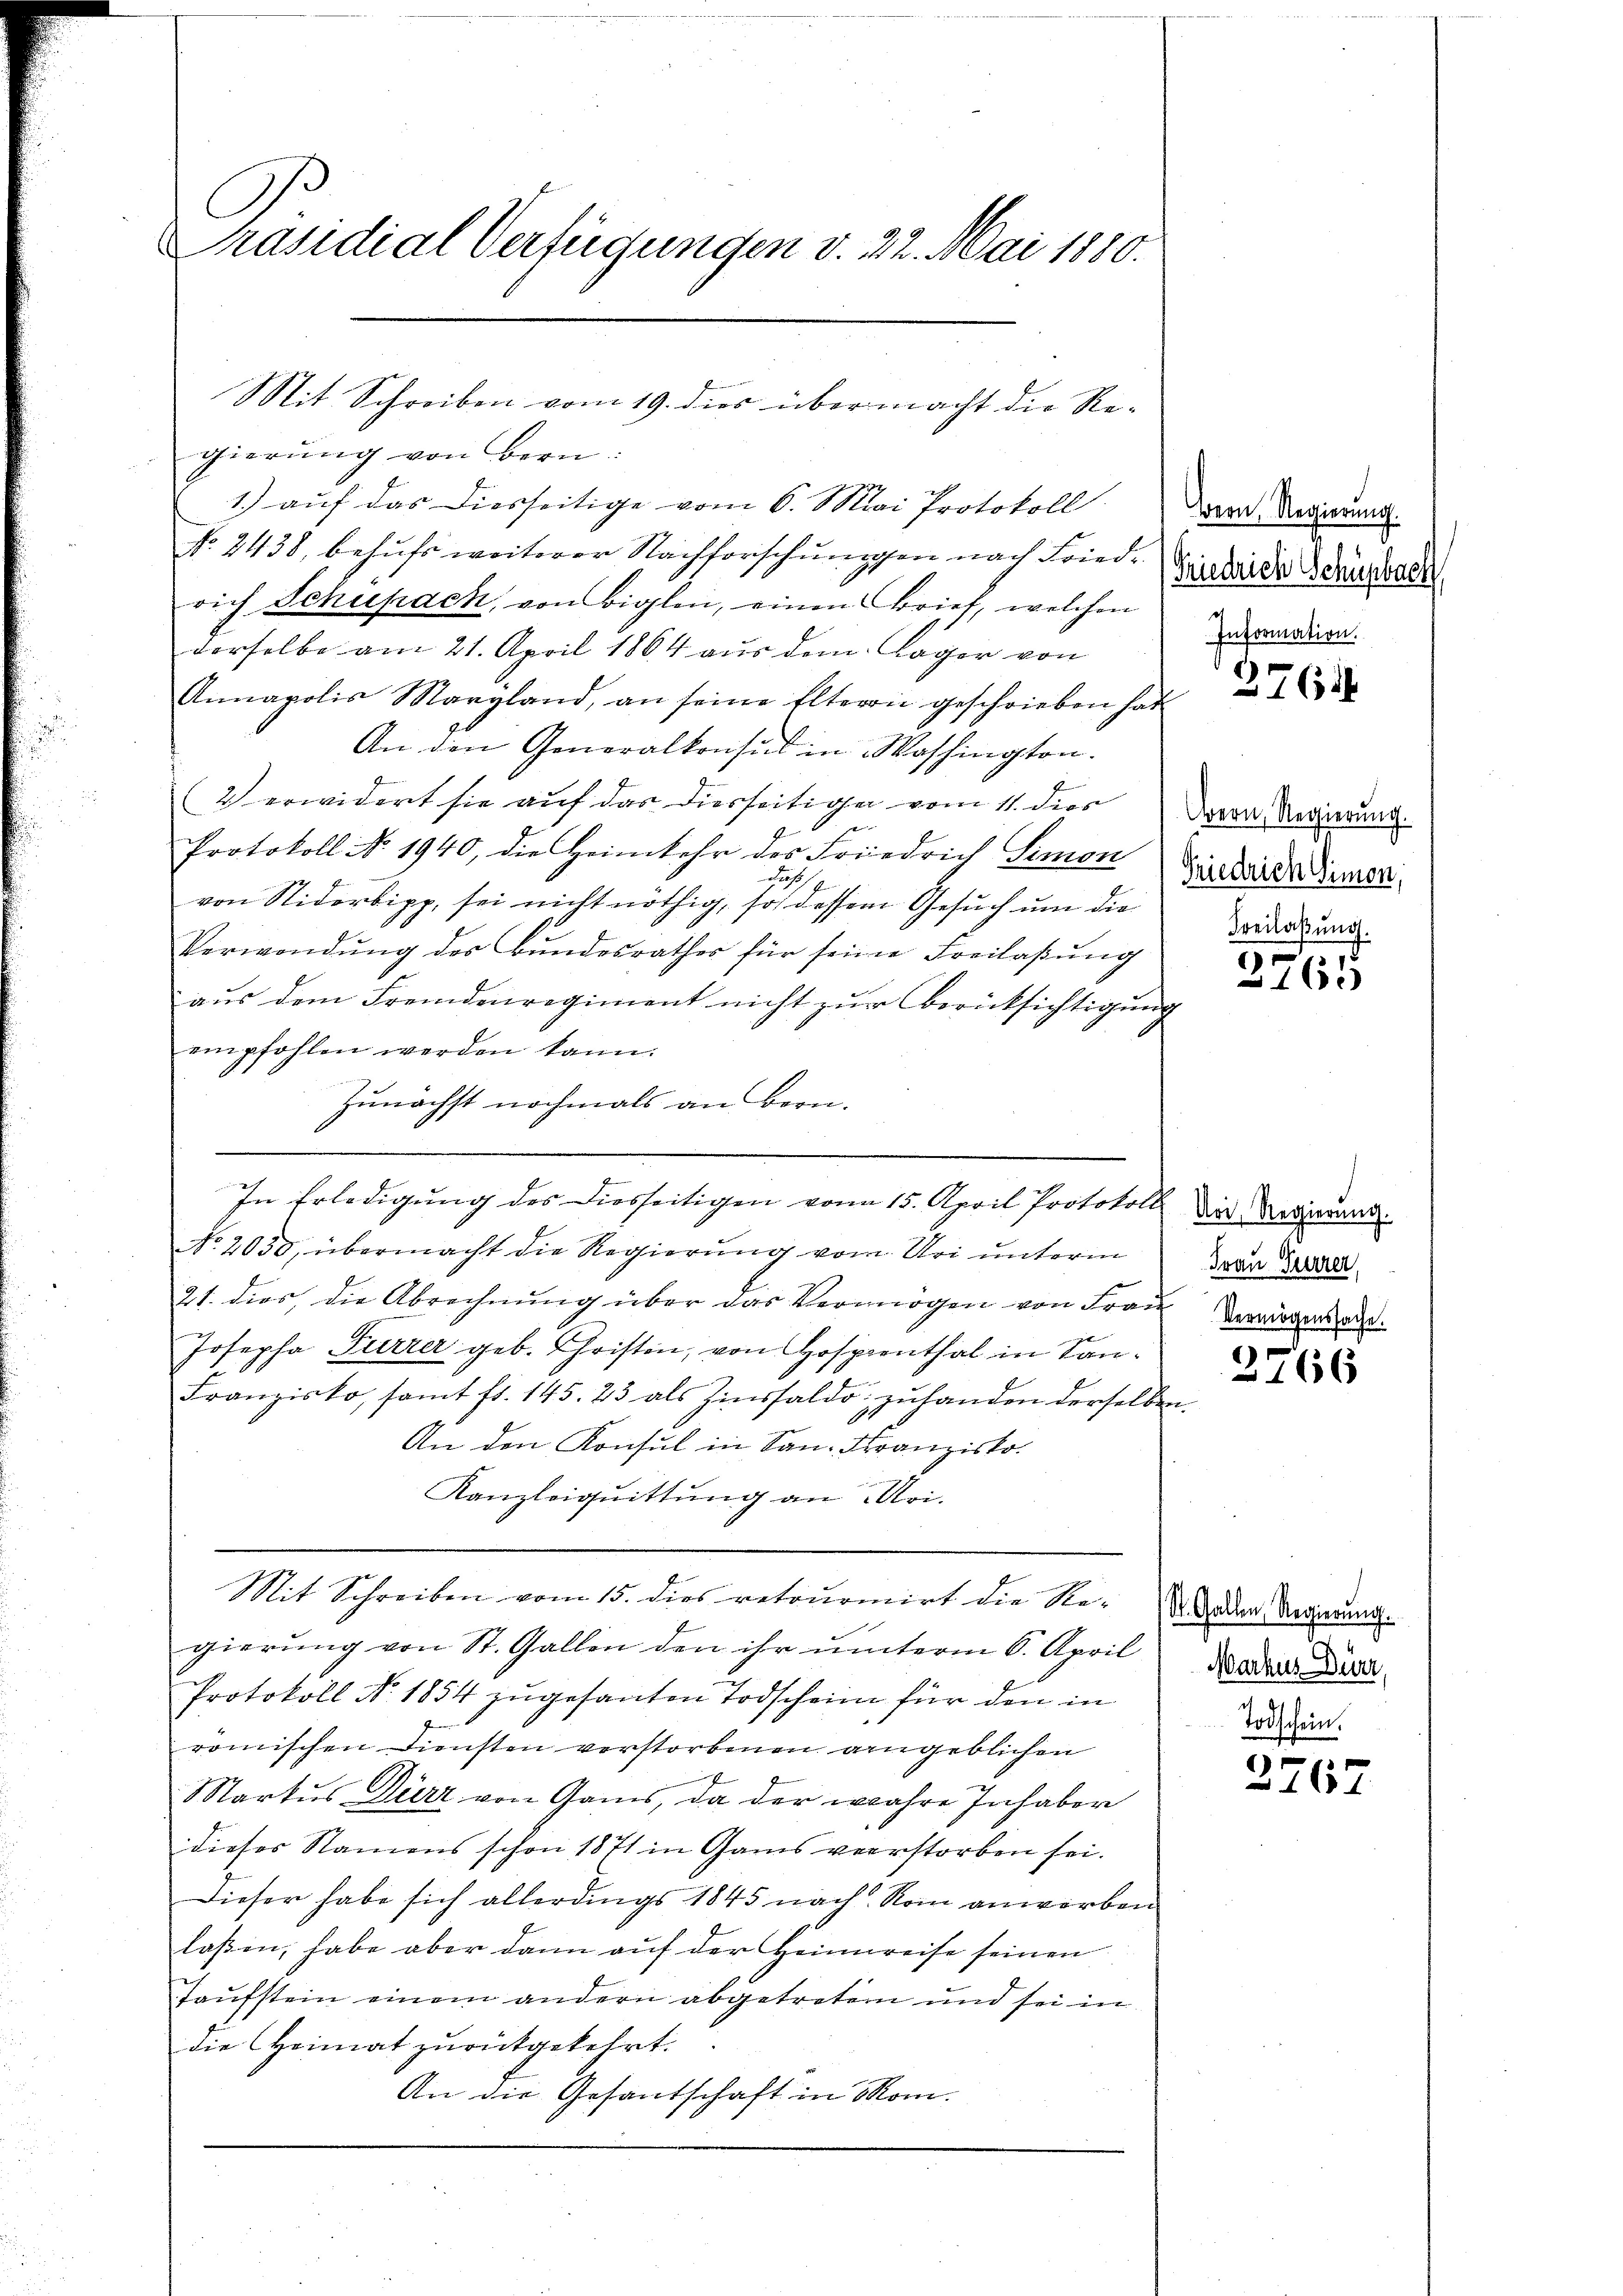
Präsidial-Verfügungen v. 22. Mai 1880.

Mit Schreiben vom 19. dies übermacht die Regierung von Bern

1.) auf das diesseitige vom 6. Mai Protokoll
No. 2438, behufs weiterer Nachforschungen nach Fried. Einleide Schustell
rich Schupach, von Aiglen, einen Brief, welchen
derselbe am 21. April 1864 aŭs dem Lager von
Annapolis Maryland, an seine Eltern geschrieben hat
An den Generalkonsul in Washington.
(2 erwidert sie auf das diesseitigen vom 11. dies Davon Regierung.
Protokoll No 1940, die Heimkehr des Friedrich Simon Vierteile diener
Jus
von Nidorbipp, sei nicht nöthig, so dessen Gesuch um die
Verwendŭng des Bundesrathes für seine Freilaβŭng
aus dem Fremdenregiment nicht zur Berücksichtigung
empfohlen werden kann.
de der
Zunächst nochmals an Bern.
In Erledigung des Diesseitigen vom 15. April Protokoll
No. 2050, übermacht die Regierung vom Uri unterm
21. dies die Abrechnŭng über das Vermögen von Frau Weige
Josepha Furrer geb. Christen, von Hospenthal in San¬
Franzisko, samt fr. 145. 23 als Zinssaldo zuhanden derselben
An den Konsul in San. Franzisko¬
Kanzleiquittung an Moi.
Mit Schreiben vom 15. dies retourmirt die Re-Mader Regierung.
gierung von St. Gallen den ihr unterm 6. April
Protokoll No 1854 zugesanten Todschein für den in
römischen Diensten verstorbenen angeblichen
Markus Dürr von Gams, da der wahre Inhaber
dieses Namens schon 1871 in Gams verstorben sei.
Dieser habe sich allerdings 1845 nach Rom anwerben
laßen, habe aber dann auf der Heimweise seinen
Taufstein einem andern abgetreten und sei in
die Heimat zurükgekehrt.
An die Gesandschaft in Mom

.

Bern, Regierung.
Information.

376.

Freilassung.

2765

Uri, Regierung.
Frau Gurrer,

2766

Markus Dürr,

6
167